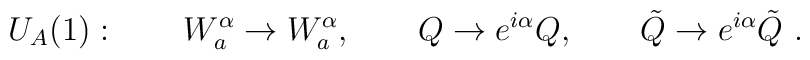
U_A(1): \qquad W^{\alpha}_a \rightarrow W^{\alpha}_a, \qquad Q\rightarrow e^{i \alpha} Q, \qquad  \tilde{Q}\rightarrow e^{i \alpha} \tilde{Q} \ .